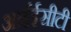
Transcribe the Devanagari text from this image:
आईईसीटी